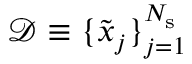
\mathcal { D } \equiv \{ \tilde { x } _ { j } \} _ { j = 1 } ^ { N _ { \mathrm { s } } }